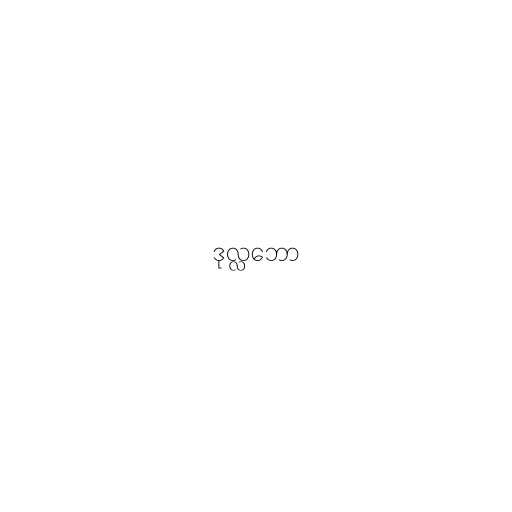
ဒုလ္လဘော